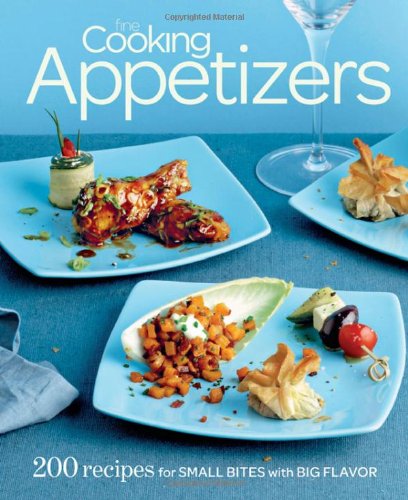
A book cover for Fine Cooking Appetizers: 200 Recipes for Small Bites with Big Flavor; Editors of Fine Cooking; Cookbooks, Food & Wine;